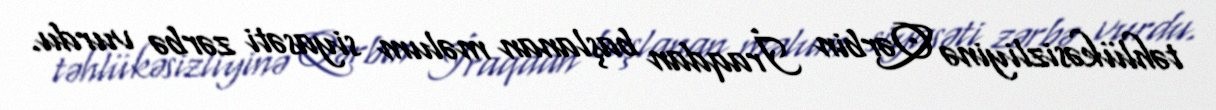
təhlükəsizliyinə Qərbin İraqdan başlanan məlum siyasəti zərbə vurdu.